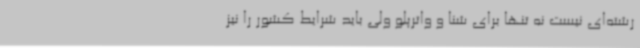
رشته‌ای نیست نه تنها برای شنا و واترپلو ولی باید شرایط کشور را نیز